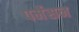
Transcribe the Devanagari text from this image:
पर्मेसन